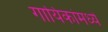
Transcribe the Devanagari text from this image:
गायिकांमध्ये